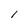
Character: l